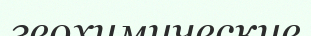
геохимические